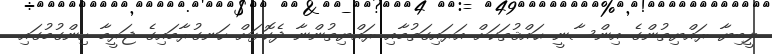
ލީބިޔާ ރައްޔިތުންގެ އިންސާނީ ޙައްޤުތަކަށް އަރައިގަތުމާއި ރައްޔިތުންނާ ދެކޮޅަށް ހަނގުރާމައިގެ ޖަރީމާ ހިންގުމުގައި